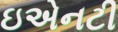
ઇએનટી